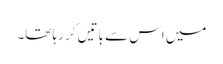
میں اس سے باتیں کر رہا تھا۔